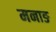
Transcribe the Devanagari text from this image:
मनाङ